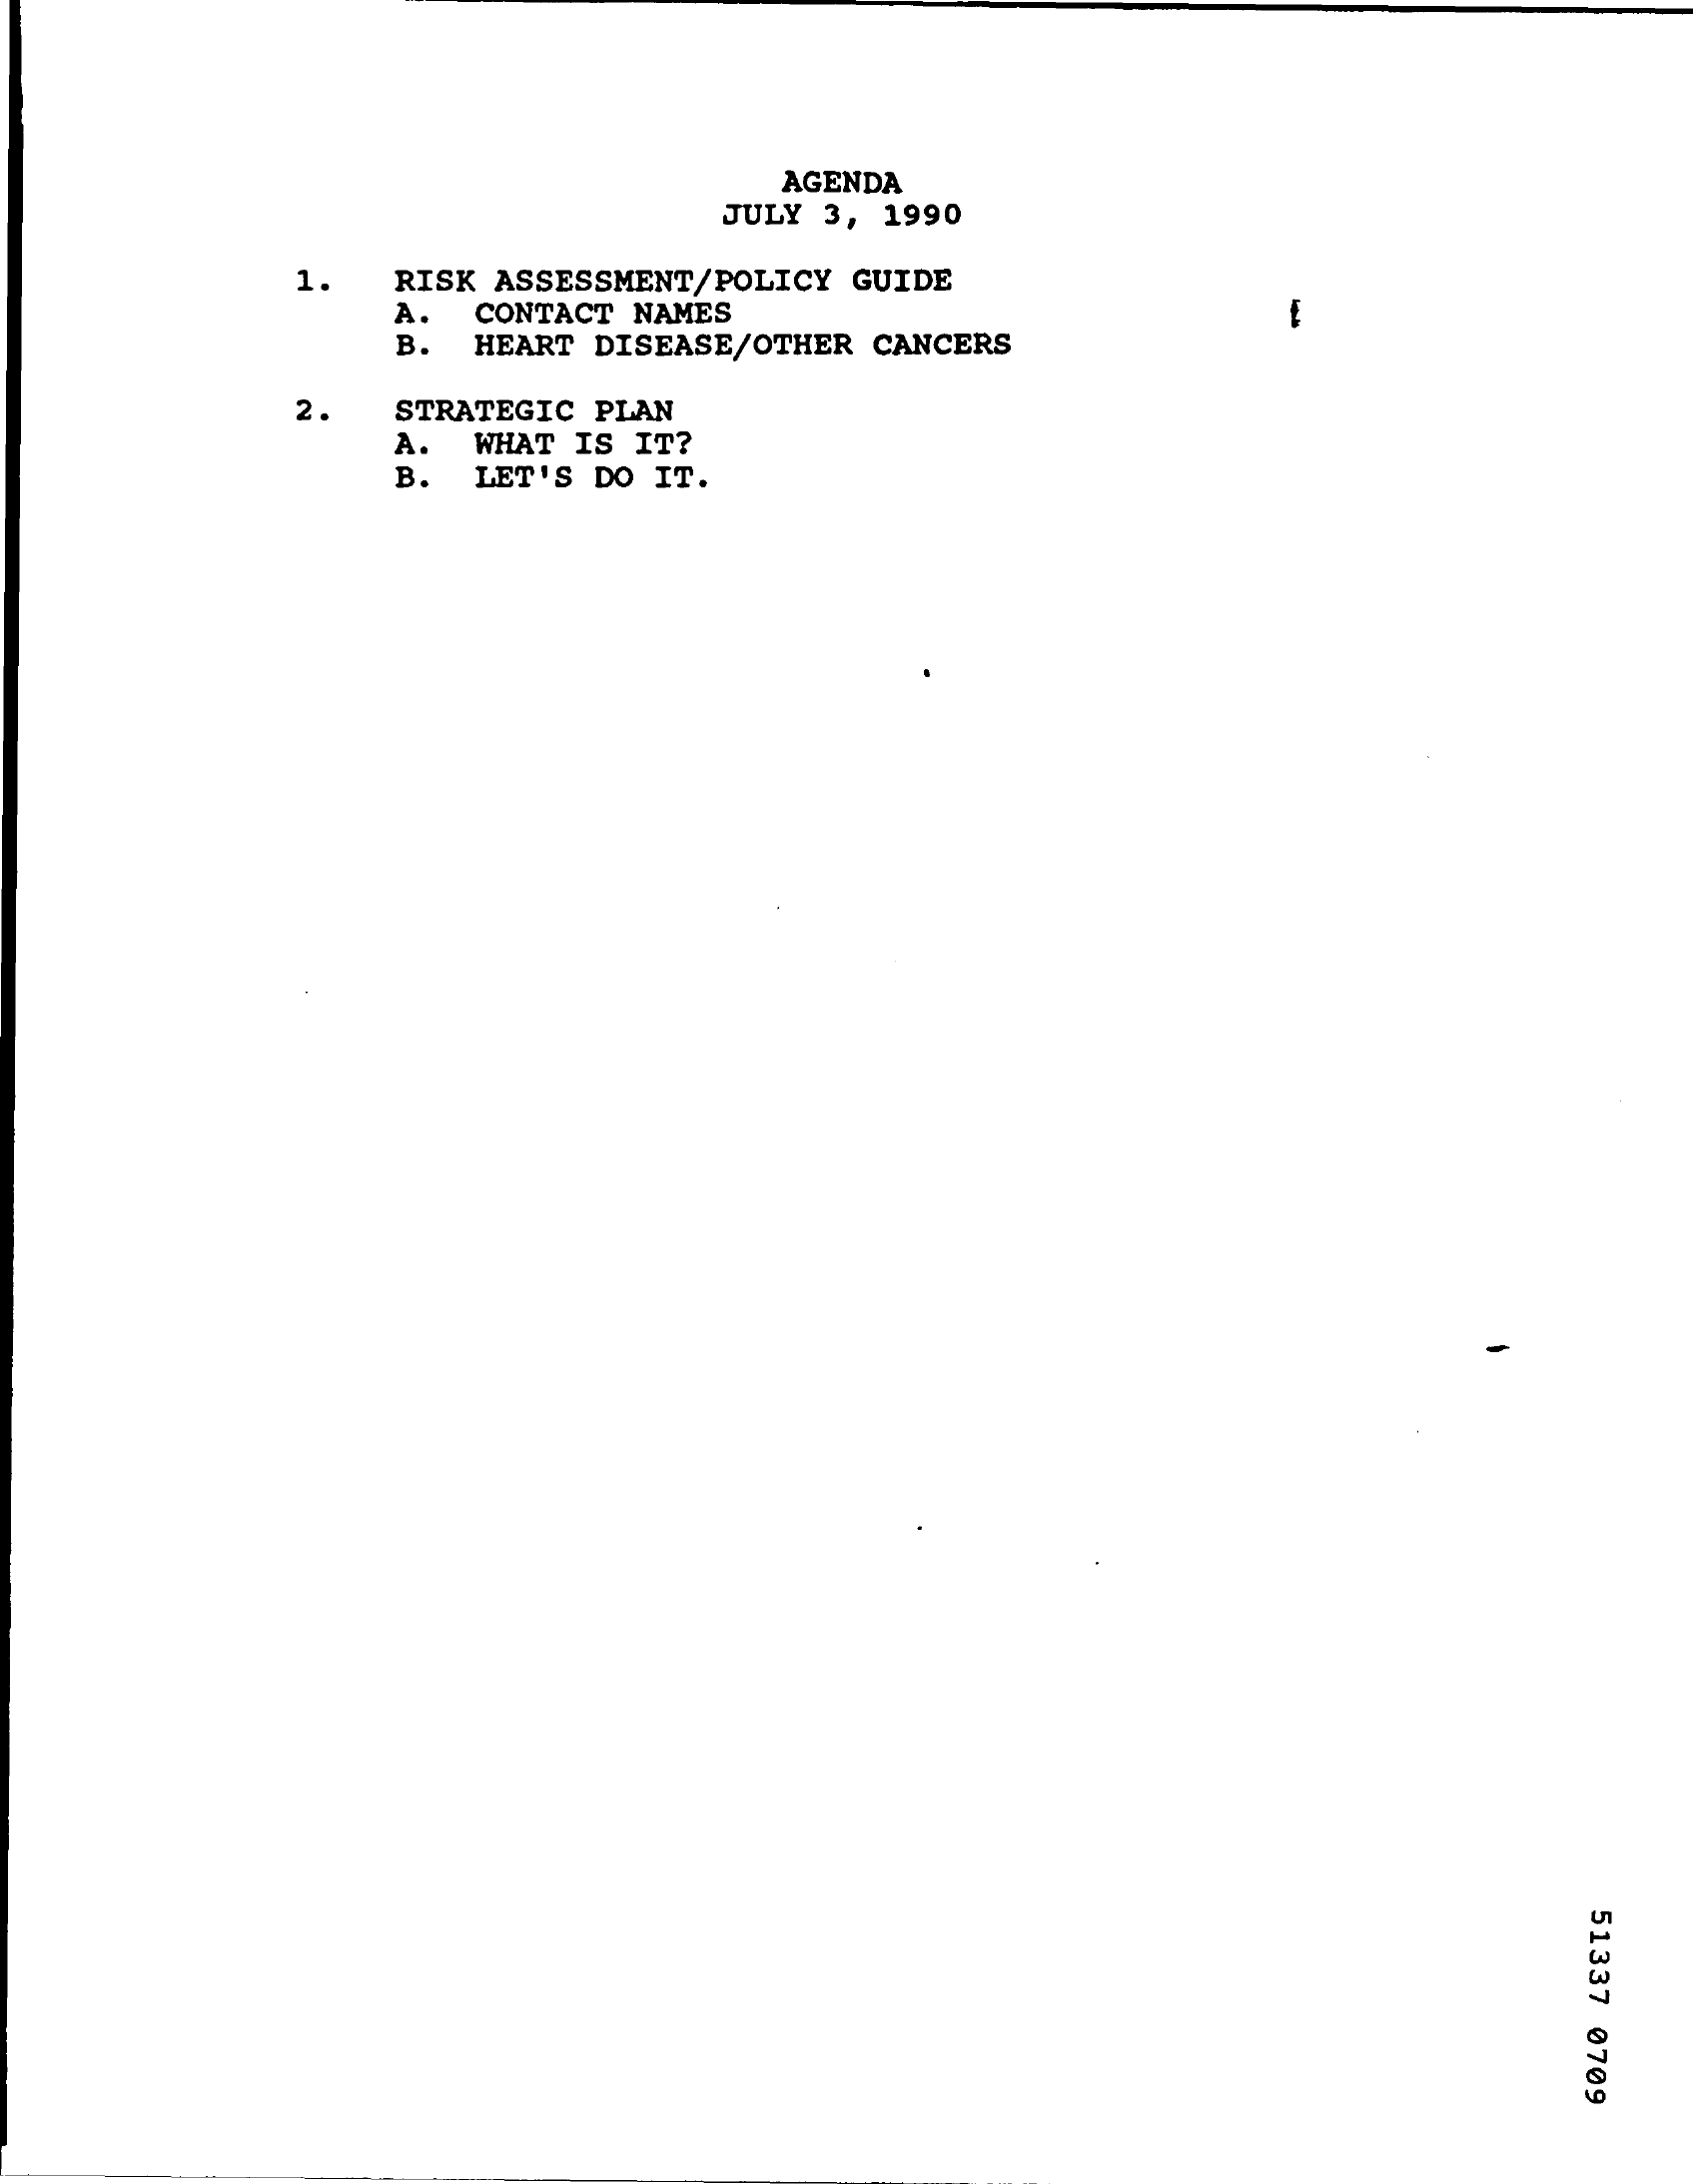
AGENDA
     JULY 3, 1990
     1.  RISK ASSESSMENT/POLICY GUIDE
     A.
     B.
     CONTACT NAMES
     HEART DISEASE/OTHER CANCERS
     2 . STRATEGIC PLAN
     A.  WHAT IS IT?
     B. LET'S DO IT.
     51337
     0709